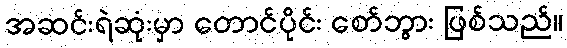
အဆင်းရဲဆုံးမှာ တောင်ပိုင်း စော်ဘွား ဖြစ်သည်။